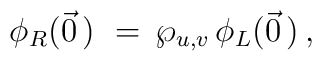
\phi_R(\vec 0\,)\, \,=\,\wp_{u,v}\,\phi_L(\vec 0\,)\,,